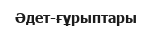
Әдет-ғұрыптары